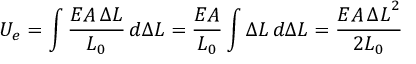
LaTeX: U _ { e } = \int { \frac { E A \, \Delta L } { L _ { 0 } } } \, d \Delta L = { \frac { E A } { L _ { 0 } } } \int \Delta L \, d \Delta L = { \frac { E A \, { \Delta L } ^ { 2 } } { 2 L _ { 0 } } }